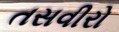
તસવીરો